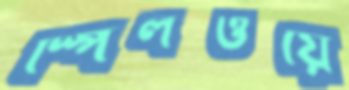
স্পিলওয়ে